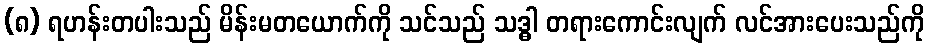
(၈) ရဟန်းတပါးသည် မိန်းမတယောက်ကို သင်သည် သဒ္ဓါ တရားကောင်းလျက် လင်အားပေးသည်ကို